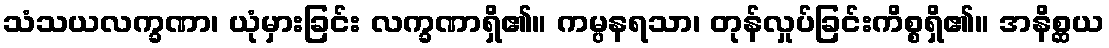
သံသယလက္ခဏာ၊ ယုံမှားခြင်း လက္ခဏာရှိ၏။ ကမ္ပနရသာ၊ တုန်လှုပ်ခြင်းကိစ္စရှိ၏။ အနိစ္ဆယ